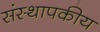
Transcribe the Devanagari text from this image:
संस्थापकीय